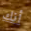
أنك